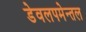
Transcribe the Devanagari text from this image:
डेवलपमेन्तल